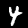
Label: 4